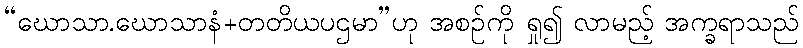
“ဃောသာ.ဃောသာနံ+တတိယပဌမာ”ဟု အစဉ်ကို ရှု၍ လာမည့် အက္ခရာသည်